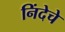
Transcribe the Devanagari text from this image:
निंदेचे